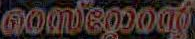
nomegoodf